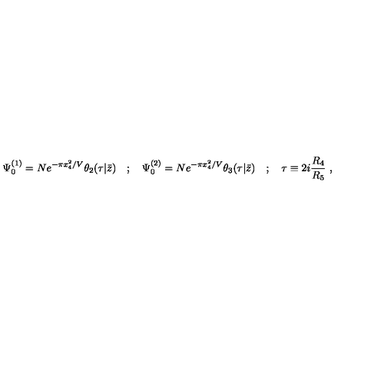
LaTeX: \Psi _ { 0 } ^ { ( 1 ) } = N e ^ { - \pi x _ { 4 } ^ { 2 } / V } \theta _ { 2 } ( \tau | \bar { z } ) \quad ; \quad \Psi _ { 0 } ^ { ( 2 ) } = N e ^ { - \pi x _ { 4 } ^ { 2 } / V } \theta _ { 3 } ( \tau | \bar { z } ) \quad ; \quad \tau \equiv 2 i { \frac { R _ { 4 } } { R _ { 5 } } } \ ,